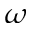
\omega